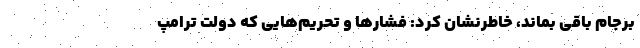
برجام باقی بماند، خاطرنشان کرد: فشارها و تحریم‌هایی که دولت ترامپ